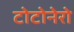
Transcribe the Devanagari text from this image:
टोटोनेरो